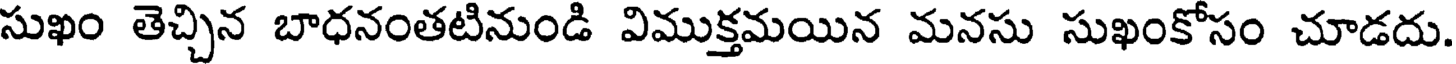
సుఖం తెచ్చిన బాధనంతటినుండి విముక్తమయిన మనసు సుఖంకోసం చూడదు.